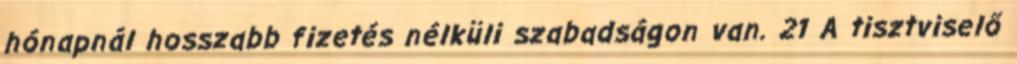
hónapnál hosszabb fizetés nélküli szabadságon van. 21 A tisztviselő